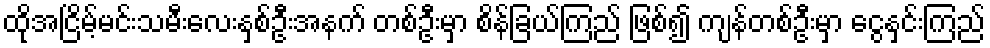
ထိုအငြိမ့်မင်းသမီးလေးနှစ်ဦးအနက် တစ်ဦးမှာ စိန်ခြယ်ကြည် ဖြစ်၍ ကျန်တစ်ဦးမှာ ငွေနှင်းကြည်